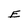
Character: E